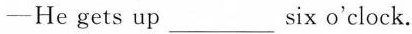
—He gets up___six o'clock.